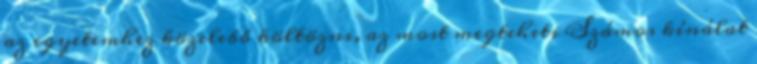
az egyetemhez közelebb költözni, az most megteheti Számos kínálat